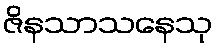
ဇိနသာသနေသု